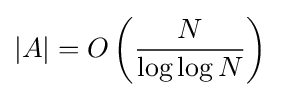
|A|=O\left({\frac {N}{\log \log N}}\right)